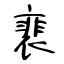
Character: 裵